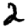
Digit: 2